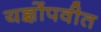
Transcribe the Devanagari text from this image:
यज्ञोंपवीत